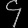
Digit: ၄